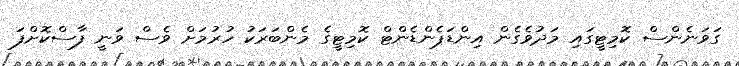
ގަވަނެންސް ކޮމިޓީގައި މަދުވެގެން އިންޑަޕެންޑެންޓް ކޮމިޓީގެ މެންބަރަކު ހުރުމަށް ވެސް ވަނީ ފާސްކޮށްފަ